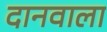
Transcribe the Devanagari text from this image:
दानवाला